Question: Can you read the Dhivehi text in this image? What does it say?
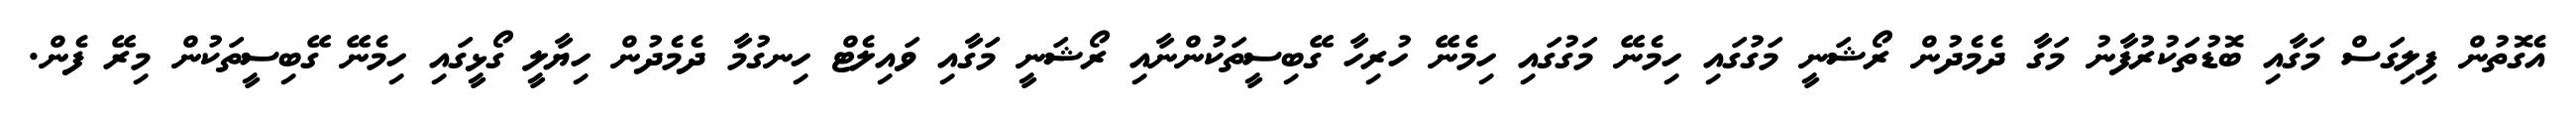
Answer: އެގޮތުން ފިލިގަސް މަގާއި ބޮޑުތަކުރުފާނު މަގާ ދެމެދުން ރޯޝަނީ މަގުގައި ހިމެނޭ މަގުގައި ހިމެނޭ ހުރިހާ ގޭބިސީތަކުންނާއި ރޯޝަނީ މަގާއި ވައިލެޓް ހިނގުމާ ދެމެދުން ހިޔާލީ ގޯޅީގައި ހިމެނޭ ގޭބިސީތަކުން މިރޭ ފެން.